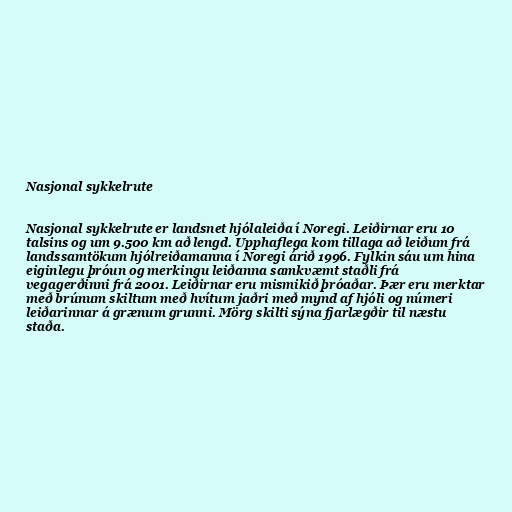
Nasjonal sykkelrute

Nasjonal sykkelrute er landsnet hjólaleiða í Noregi. Leiðirnar eru 10
talsins og um 9.500 km að lengd. Upphaflega kom tillaga að leiðum frá
landssamtökum hjólreiðamanna í Noregi árið 1996. Fylkin sáu um hina
eiginlegu þróun og merkingu leiðanna samkvæmt staðli frá
vegagerðinni frá 2001. Leiðirnar eru mismikið þróaðar. Þær eru merktar
með brúnum skiltum með hvítum jaðri með mynd af hjóli og númeri
leiðarinnar á grænum grunni. Mörg skilti sýna fjarlægðir til næstu
staða.